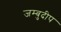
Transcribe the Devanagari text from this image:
जम्बुदीप